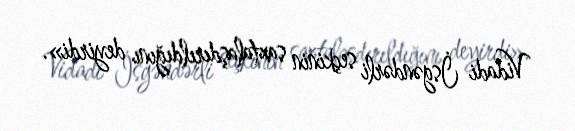
Vidadi İsgəndərli seçkinin saxtalaşdırıldığını deyirdi».